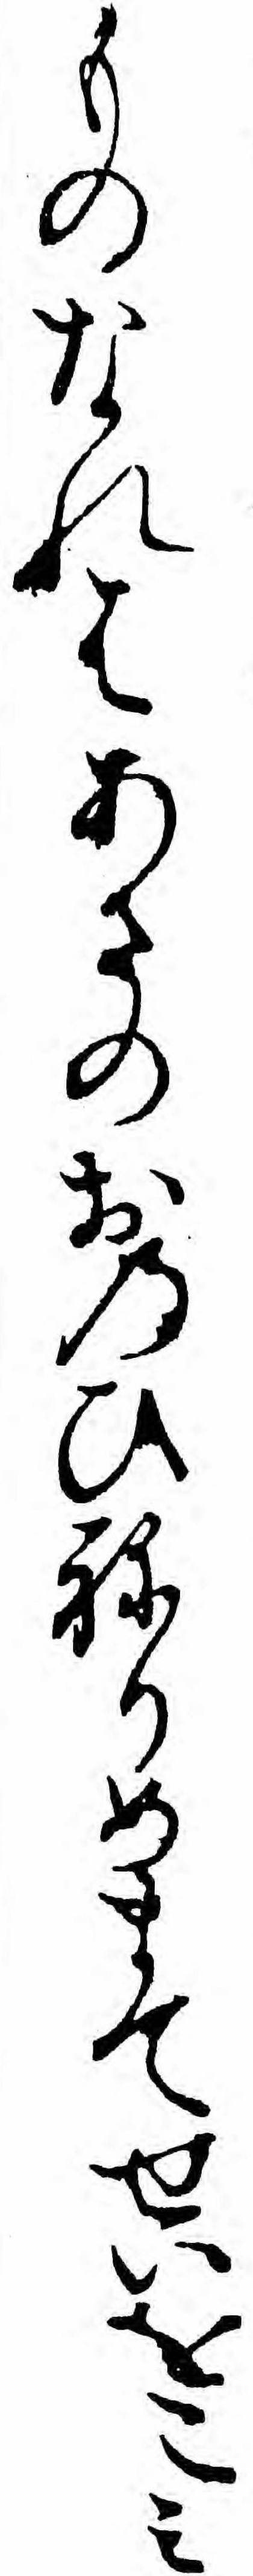
ものなれはあさのおのひねりめまてせいをこミ